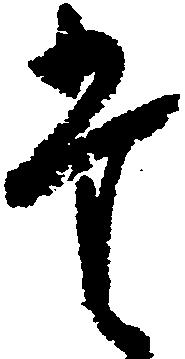
た